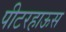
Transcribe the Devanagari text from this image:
पीटरहाऊस